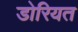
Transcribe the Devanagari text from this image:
डोरियत